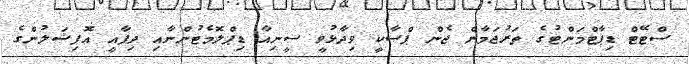
ސްޓޭޓް ޑިޕާޓްމަންޓުގެ ތަރުޖަމާން ޖެން ޕްސާކީ ވިދާޅުވީ ސީނިއާ ޑިޕްލޮމެޓުންނާއި ދިފާއީ އޮފިޝަލުންގެ